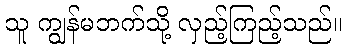
သူ ကျွန်မဘက်သို့ လှည့်ကြည့်သည်။